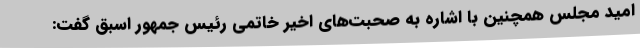
امید مجلس همچنین با اشاره به صحبت‌های اخیر خاتمی رئیس جمهور اسبق گفت: